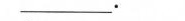
_